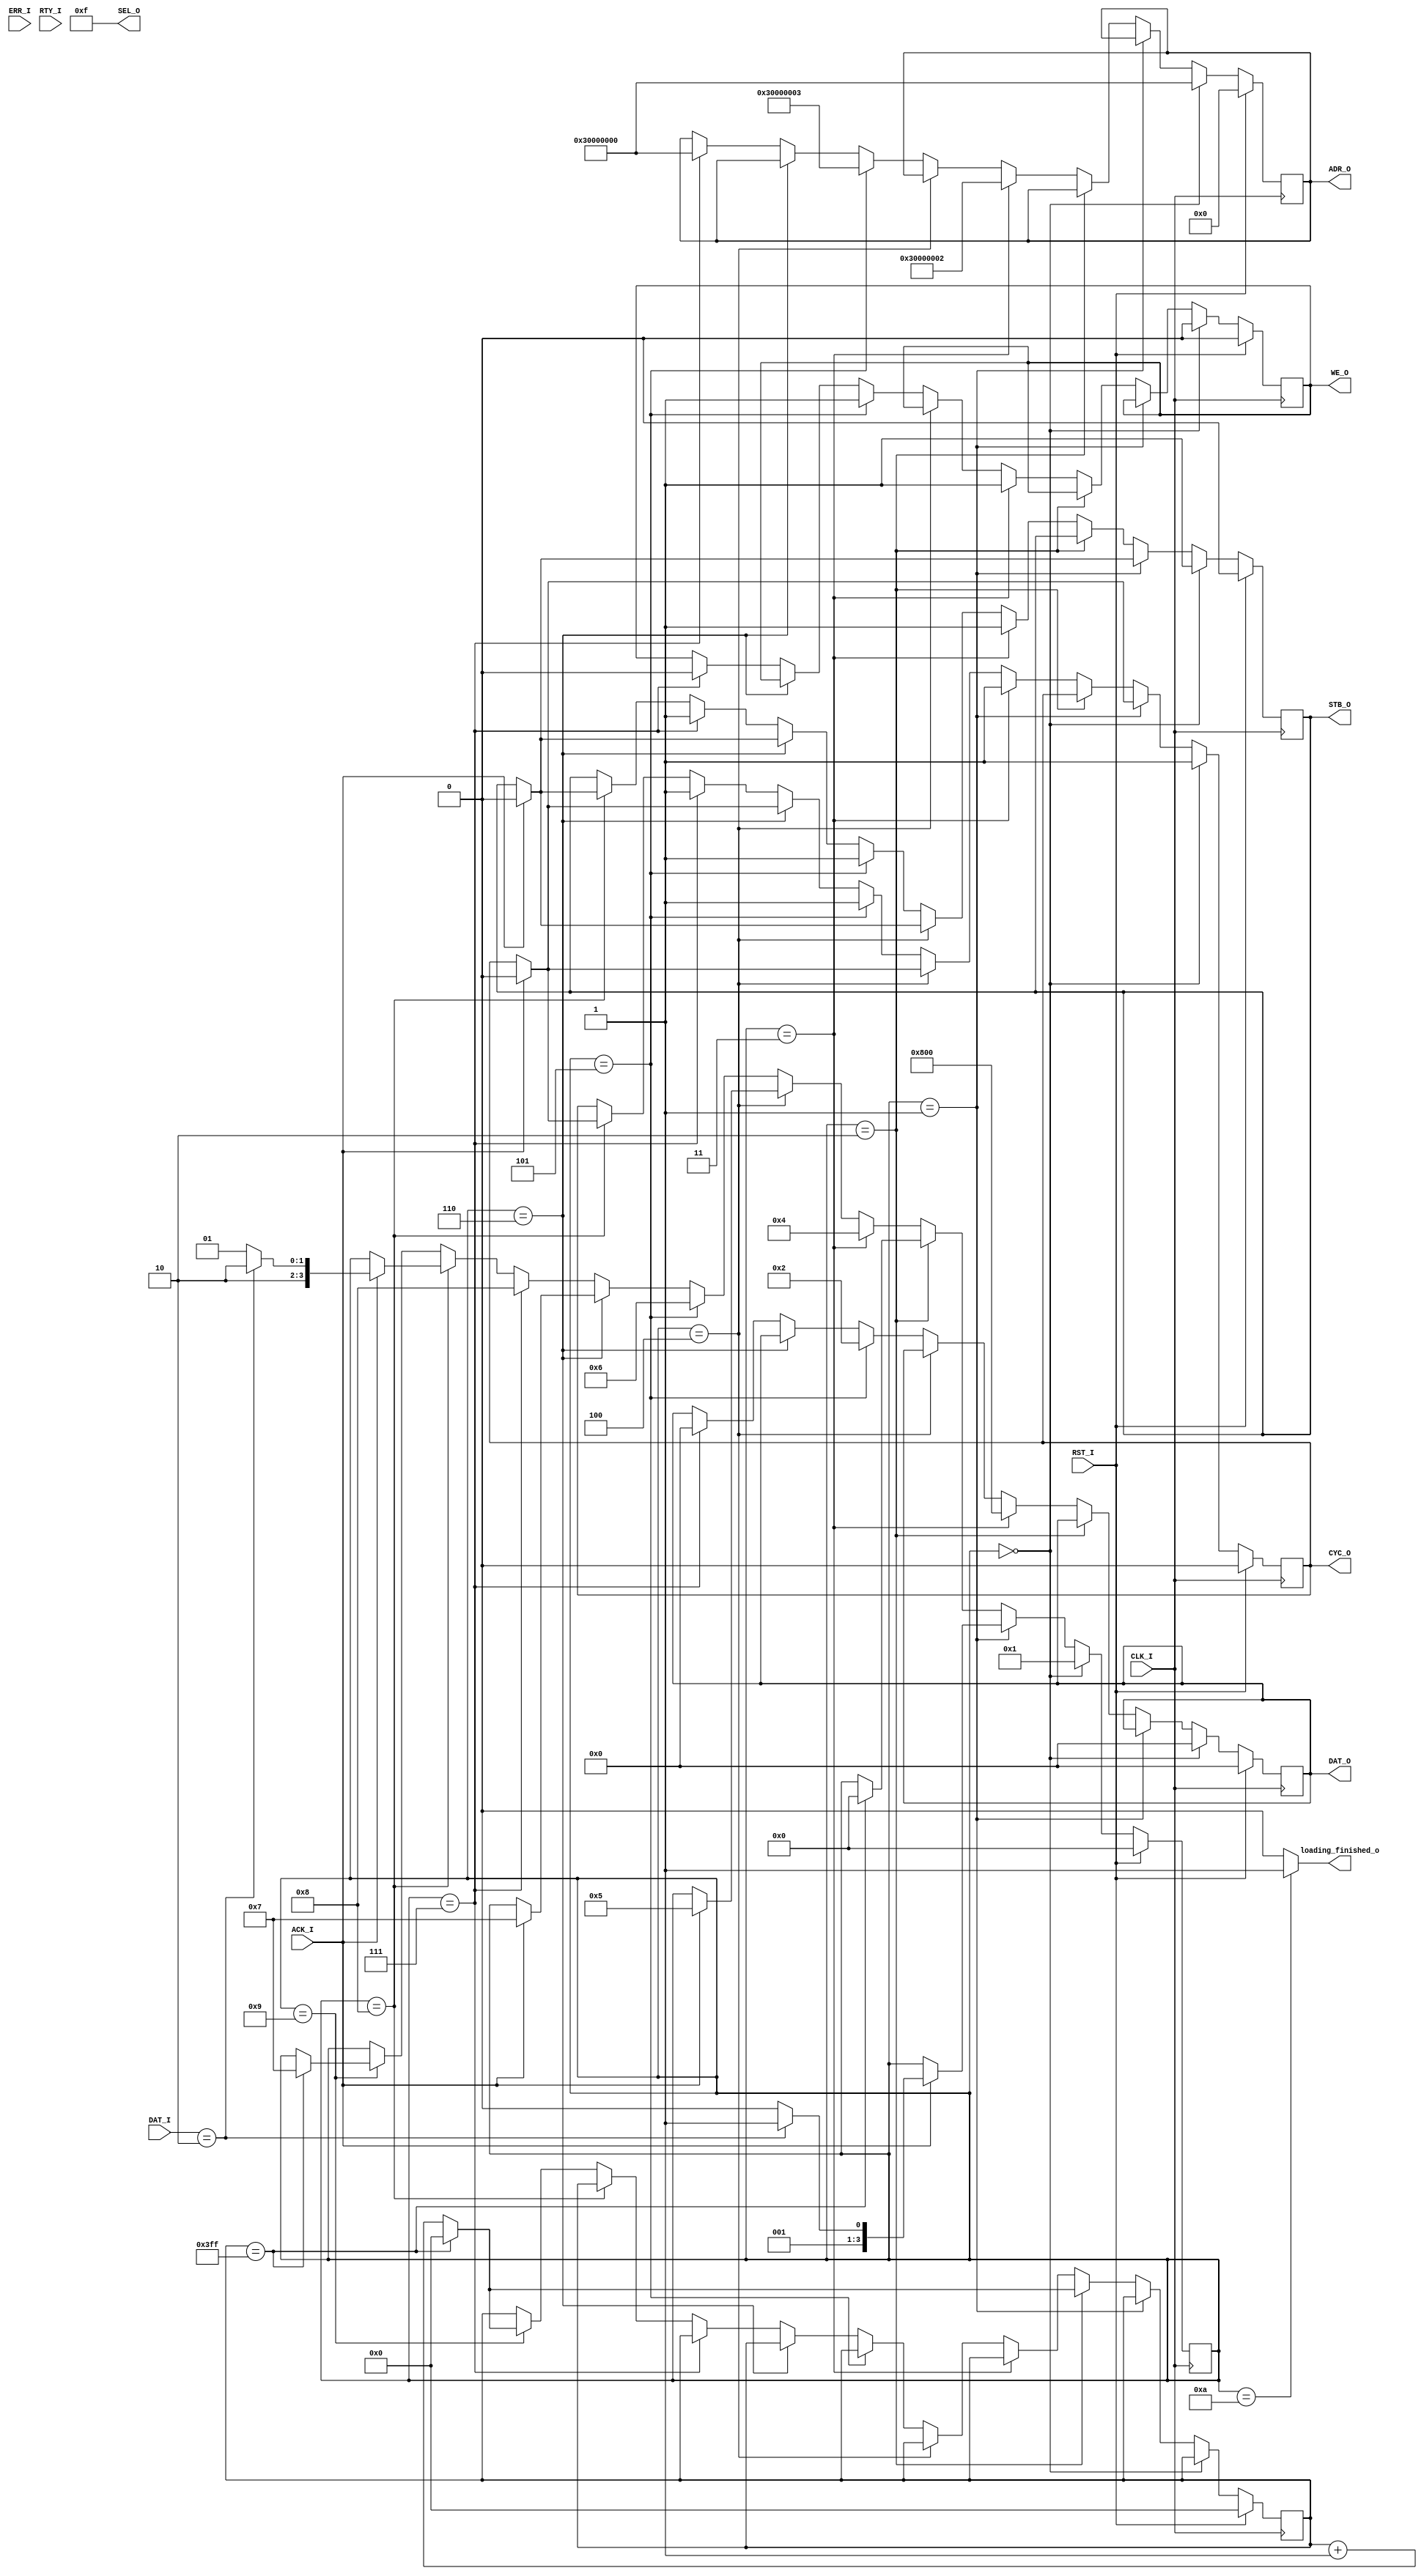
module early_boot(
	input CLK_I,
	input RST_I,
	
	output reg CYC_O,
	output reg [31:0] DAT_O,
	output reg STB_O,
	output reg WE_O,
	output reg [31:2] ADR_O,
	output [3:0] SEL_O,
	
	input [31:0] DAT_I,
	input ACK_I,
	input ERR_I,
	input RTY_I,
	
	//****************** OTHER
	//finished loading
	output loading_finished_o
);
assign SEL_O = 4'b1111;

assign loading_finished_o = (state == S_FINISHED) ? 1'b1 : 1'b0;

reg [3:0] state;
reg [9:0] wait_counter;

parameter [3:0]
	S_CHECK_STATUS 		= 4'd0,
	S_CHECK_STATUS_2 	= 4'd1,
	S_CHECK_STATUS_3 	= 4'd2,
	S_SET_SIZE 			= 4'd3,
	S_SET_SIZE_2 		= 4'd4,
	S_SET_CONTROL 		= 4'd5,
	S_SET_CONTROL_2 	= 4'd6,
	S_CHECK_FINISHED	= 4'd7,
	S_CHECK_FINISHED_2	= 4'd8,
	S_CHECK_FINISHED_3	= 4'd9,
	S_FINISHED 			= 4'd10;

always @(posedge CLK_I) begin
	if(RST_I == 1'b1) begin
		CYC_O <= 1'b0;
		DAT_O <= 32'd0;
		STB_O <= 1'b0;
		WE_O <= 1'b0;
		ADR_O <= 30'd0;
		state <= S_CHECK_STATUS;
		wait_counter <= 10'd0;
	end
	else if(state == S_CHECK_STATUS) begin
		CYC_O <= 1'b1;
		DAT_O <= 32'd0;
		STB_O <= 1'b1;
		WE_O <= 1'b0;
		ADR_O <= 30'h30000000;
		
		state <= S_CHECK_STATUS_2;
	end
	else if(state == S_CHECK_STATUS_2) begin
		if(ACK_I == 1'b1) begin
			CYC_O <= 1'b0;
			STB_O <= 1'b0;
			
			if(DAT_I == 32'd2) begin
				state <= S_SET_SIZE;
			end
			else begin
				state <= S_CHECK_STATUS_3;
			end
		end
	end
	else if(state == S_CHECK_STATUS_3) begin
		if(wait_counter == 10'd1023) begin
			wait_counter <= 10'd0;
			state <= S_CHECK_STATUS;
		end
		else wait_counter <= wait_counter + 10'd1;
	end
	else if(state == S_SET_SIZE) begin
		CYC_O <= 1'b1;
		DAT_O <= 32'd2048;
		STB_O <= 1'b1;
		WE_O <= 1'b1;
		ADR_O <= 30'h30000002;
		
		state <= S_SET_SIZE_2;
	end
	else if(state == S_SET_SIZE_2) begin
		if(ACK_I == 1'b1) begin
			CYC_O <= 1'b0;
			STB_O <= 1'b0;
			
			state <= S_SET_CONTROL;
		end
	end
	else if(state == S_SET_CONTROL) begin
		CYC_O <= 1'b1;
		DAT_O <= 32'd2;
		STB_O <= 1'b1;
		WE_O <= 1'b1;
		ADR_O <= 30'h30000003;
		
		state <= S_SET_CONTROL_2;
	end
	else if(state == S_SET_CONTROL_2) begin
		if(ACK_I == 1'b1) begin
			CYC_O <= 1'b0;
			STB_O <= 1'b0;
			
			state <= S_CHECK_FINISHED;
		end
	end
	else if(state == S_CHECK_FINISHED) begin
		CYC_O <= 1'b1;
		DAT_O <= 32'd0;
		STB_O <= 1'b1;
		WE_O <= 1'b0;
		ADR_O <= 30'h30000000;
		
		state <= S_CHECK_FINISHED_2;
	end
	else if(state == S_CHECK_FINISHED_2) begin
		if(ACK_I == 1'b1) begin
			CYC_O <= 1'b0;
			STB_O <= 1'b0;
			
			if(DAT_I == 32'd2) begin //idle
				state <= S_FINISHED;
			end
			else begin
				state <= S_CHECK_FINISHED_3;
			end
		end
	end
	else if(state == S_CHECK_FINISHED_3) begin
		if(wait_counter == 10'd1023) begin
			wait_counter <= 10'd0;
			state <= S_CHECK_FINISHED;
		end
		else wait_counter <= wait_counter + 10'd1;
	end
	else if(state == S_FINISHED) begin
	end
	
end

endmodule